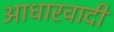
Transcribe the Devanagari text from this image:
आधारवादी